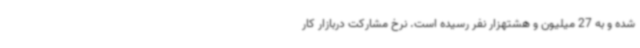
شده و به 27 میلیون و هشتهزار نفر رسیده است. نرخ مشارکت دربازار کار